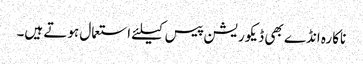
ناکارہ انڈے بھی ڈیکوریشن پیس کیلئے استعمال ہوتے ہیں۔